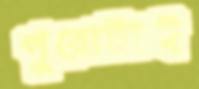
পুরোটাই